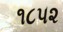
૧૮૫૨